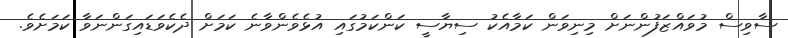
ސާވިސް މުވައްޒަފުންނަށް މިނިވަން ކަމާއެކު ސިޔާސީ ކަންކަމުގައި އުޅެވެންވާނެ ކަމަށް ދެކެވަޑައިގަންނަވާ ކަމަށެވެ.